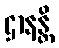
ဌာနန္တိ